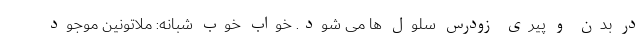
در بدن و پیری زودرس سلول ها می شود. خواب خوب شبانه: ملاتونین موجود